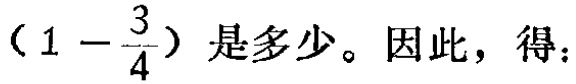
$(1 - \frac{3}{4})$是多少。因此，得：